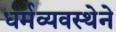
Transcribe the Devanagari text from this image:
धर्मव्यवस्थेने